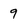
Character: 9